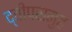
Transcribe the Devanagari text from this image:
द्वीपसमुह